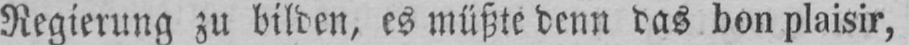
Regierung zu bilden, es müßte denn das bon plaisir,